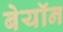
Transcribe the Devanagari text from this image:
बेयॉन